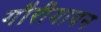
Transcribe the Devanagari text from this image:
गौरीगायन